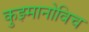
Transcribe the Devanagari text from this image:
कुझ्मानोविच